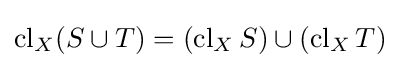
\operatorname {cl} _{X}(S\cup T)=(\operatorname {cl} _{X}S)\cup (\operatorname {cl} _{X}T)